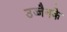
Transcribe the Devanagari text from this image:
उज्जैनके